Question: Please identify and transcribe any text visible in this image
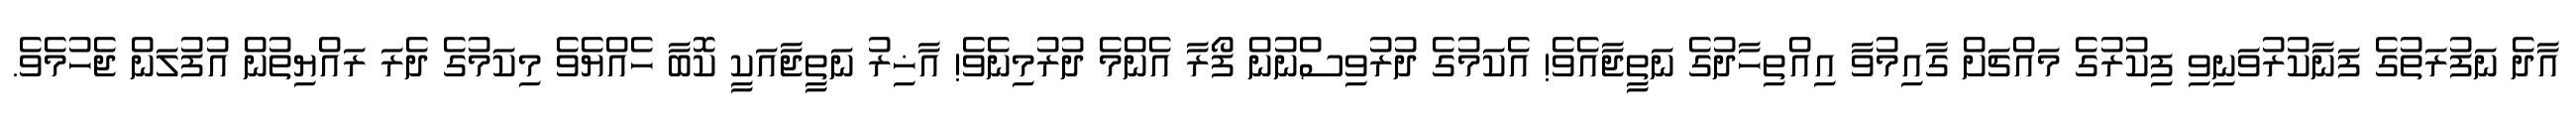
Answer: އާދެ ނަފުރަތުގެ ފަނާކުރުވަނިވި ފިކުރުގެ މައްޗަށް ގާއިމުވާ އިއްތިހާދުގެ ނަތީޖާއެވެ! އެކަމުގެ ދުރުވިސްނުން ފޯރާ އެންމެ ދުރުމިނެވެ! އާޚިރު ނަތީޖާއަކީ ކޮބާ ހެއްޔެވެ މިކަމުގެ ދެރަ ރައްޔިތުން އުފުލަން ޖެހުމެވެ.